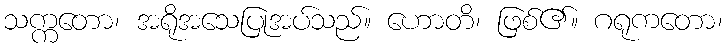
သက္ကတော၊ အရိုအသေပြုအပ်သည်။ ဟောတိ၊ ဖြစ်၏။ ဂရုကတော၊